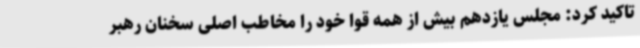
تاکید کرد: مجلس یازدهم بیش از همه قوا خود را مخاطب اصلی سخنان رهبر